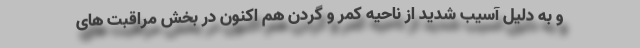
و به دلیل آسیب شدید از ناحیه کمر و گردن هم اکنون در بخش مراقبت های